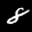
Label: 8